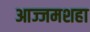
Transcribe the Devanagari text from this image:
आज्जमशहा